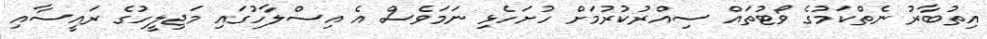
އިތުބާރު ނެތްކަމުގެ ވޯޓުތައް ސިއްރުކުރުމަށް ހުށަހެޅި ނަމަވެސް އެ އިސްލާހުގައި މަޖިލީހުގެ ރައީސާއި